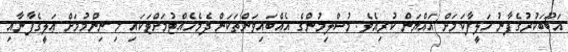
އަބޫބަކުރުގެފާނު ޚަލީފާކަމަށް އައްޔަން ކުރިއެވެ. މުސްލިމުންގެ އެއްބައިވަންތަކަން ދެމެހެއްޓުމަށްޓަކައި މި ނިންމުމަށް ޢަލީގެފާނާއި